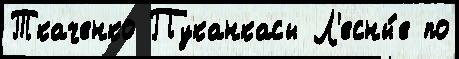
Ткаченко Пуканкасы Л'есны́е по